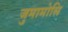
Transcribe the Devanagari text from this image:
जुमामोसि